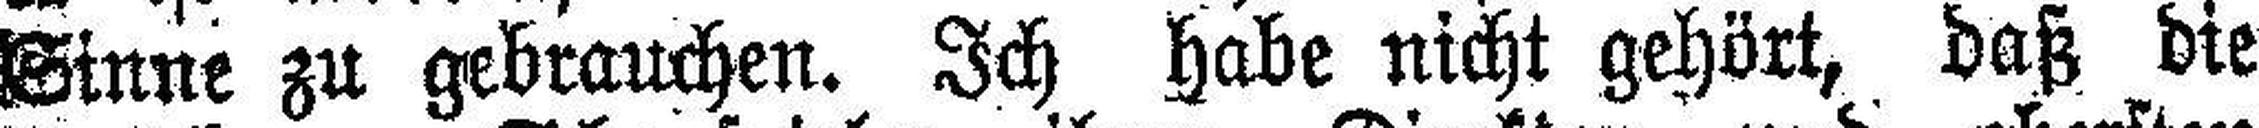
Sinne zu gebrauchen. Ich habe nicht gehört, daß die